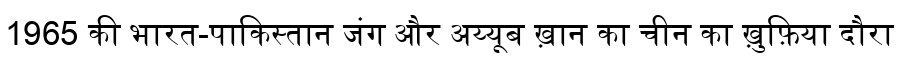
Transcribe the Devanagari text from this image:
1965 की भारत-पाकिस्तान जंग और अय्यूब ख़ान का चीन का ख़ुफ़िया दौरा